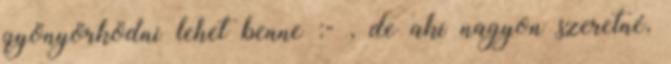
gyönyörködni lehet benne :- , de aki nagyon szeretné,